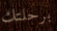
برحلتك